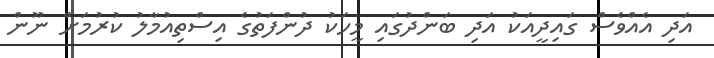
އަދި އެއްވެސް ގައިދީއަކު އަދި ބަންދުގައި މީހަކު ދުންފަތުގެ އިސްތިއުމާލު ކުރުމަށް ނޫން